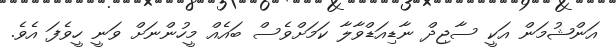
އަންޝުމަން އަކީ ސާޖިދް ނާޑިއަޑްވާލާ ކަމަށްވެސް ބައެއް މީހުންނަށް ވަނީ ހީވެފަ އެވެ.